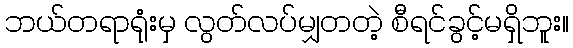
ဘယ်တရာရုံးမှ လွတ်လပ်မျှတတဲ့ စီရင်ခွင့်မရှိဘူး။